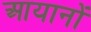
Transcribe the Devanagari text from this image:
आयानों